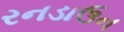
રનડાઉન